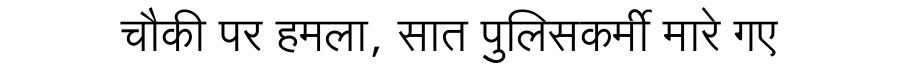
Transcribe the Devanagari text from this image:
चौकी पर हमला, सात पुलिसकर्मी मारे गए